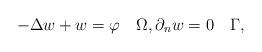
LaTeX: \begin{align*} -\Delta w + w = \varphi \quad\Omega, \partial_n w = 0 \quad\Gamma,\end{align*}